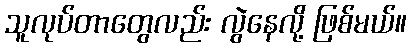
သူလုပ်တာတွေလည်း လွဲနေလို့ ဖြစ်မယ်။